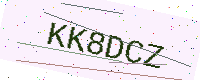
Text: KK8DCZ